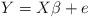
LaTeX: \begin{align*}Y=X\beta + e\end{align*}